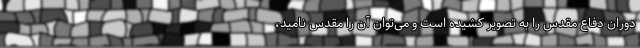
دوران دفاع مقدس را به تصویر کشیده است و می‌توان آن را مقدس نامید،